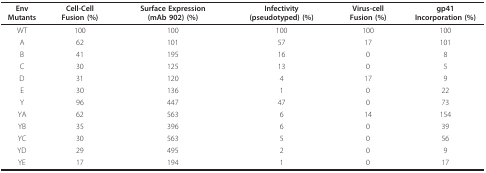
<table><thead><tr><td><b>EnvMutants</b></td><td><b>Cell-CellFusion(%)</b></td><td><b>SurfaceExpression(mAb 902)(%)</b></td><td><b>Infectivity(pseudotyped)(%)</b></td><td><b>Virus-cellFusion(%)</b></td><td><b>gp41Incorporation(%)</b></td></tr></thead><tbody><tr><td>WT</td><td>100</td><td>100</td><td>100</td><td>100</td><td>100</td></tr><tr><td>A</td><td>62</td><td>101</td><td>57</td><td>17</td><td>101</td></tr><tr><td>B</td><td>41</td><td>195</td><td>16</td><td>0</td><td>8</td></tr><tr><td>C</td><td>30</td><td>125</td><td>13</td><td>0</td><td>5</td></tr><tr><td>D</td><td>31</td><td>120</td><td>4</td><td>17</td><td>9</td></tr><tr><td>E</td><td>30</td><td>136</td><td>1</td><td>0</td><td>22</td></tr><tr><td>Y</td><td>96</td><td>447</td><td>47</td><td>0</td><td>73</td></tr><tr><td>YA</td><td>62</td><td>563</td><td>6</td><td>14</td><td>154</td></tr><tr><td>YB</td><td>35</td><td>396</td><td>6</td><td>0</td><td>39</td></tr><tr><td>YC</td><td>30</td><td>563</td><td>5</td><td>0</td><td>56</td></tr><tr><td>YD</td><td>29</td><td>495</td><td>2</td><td>0</td><td>9</td></tr><tr><td>YE</td><td>17</td><td>194</td><td>1</td><td>0</td><td>17</td></tr></tbody></table>